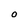
Character: O